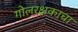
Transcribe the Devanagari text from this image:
गोलरक्षकाचा